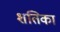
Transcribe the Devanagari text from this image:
शतिका